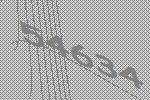
54634